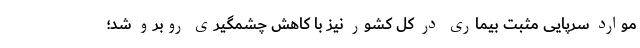
موارد سرپایی مثبت بیماری در کل کشور نیز با کاهش چشمگیری روبرو شد؛